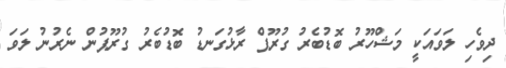
ދިވެހި ލަވައަކީ މަޝްހޫރު ބޮޑުބެރު ގުރޫޕް ރާޅުގަނޑު ބޮޑުބެރު ގުރޫޕުން ނެރުނު ލަވަ